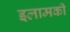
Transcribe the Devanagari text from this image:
इलामकी